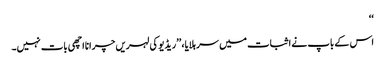
‘‘
اس کے باپ نے اثبات میں سر ہلایا، ’’ریڈیو کی لہریں چرانا اچھی بات نہیں۔